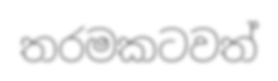
තරමකටවත්